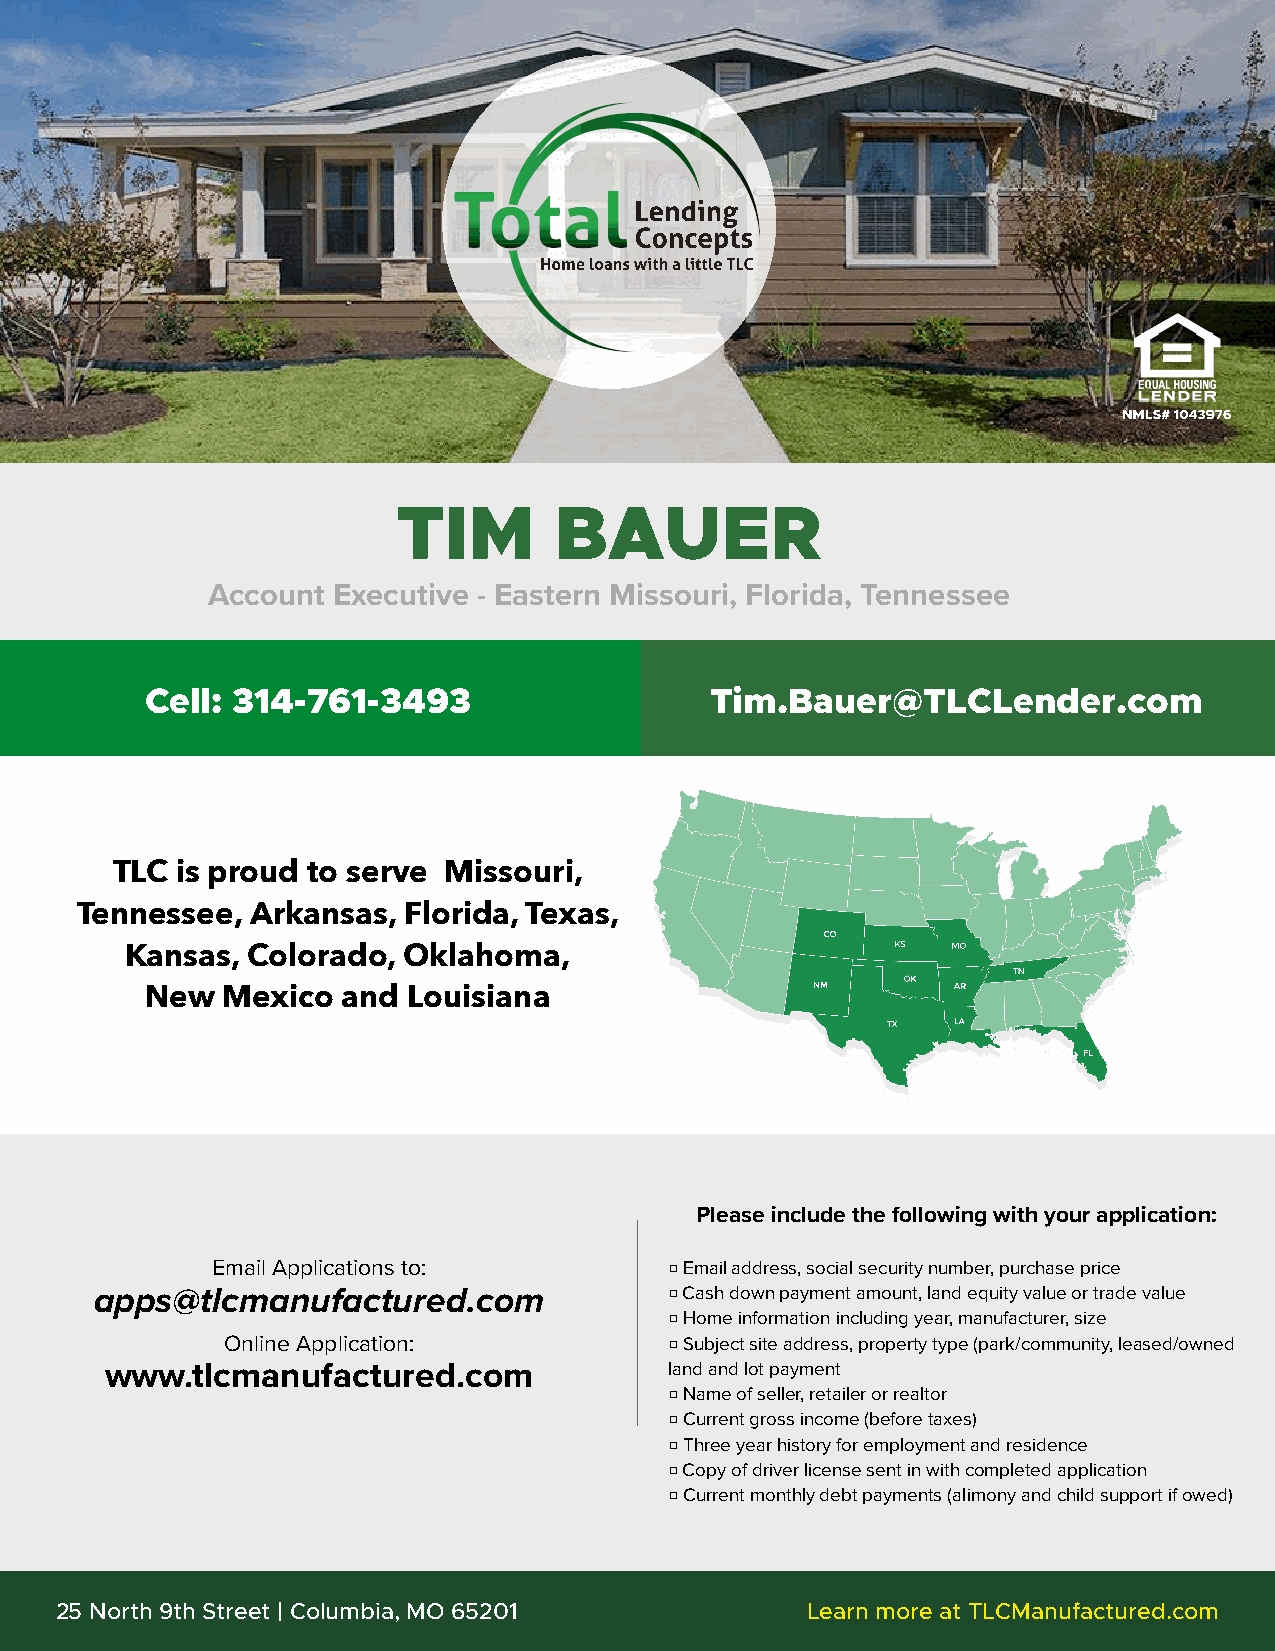
TIM        BAUER
 Account Executive - Eastern Missouri, Florida, Tennessee
 Cell: 314-761-3493                   Tim.Bauer@TLCLender.com
 TLC  is proud to serve Missouri,
 Tennessee,  Arkansas, Florida, Texas,
 Kansas, Colorado,  Oklahoma,
 New  Mexico  and Louisiana
 Please include the following with your application:
 Email Applications to:        □ Email address, social security number, purchase price
 apps@tlcmanufactured.com              □ Cash down payment amount, land equity value or trade value
 □ Home information including year, manufacturer, size
 Online Application:          □ Subject site address, property type (park/community, leased/owned
 www.tlcmanufactured.com              land and lot payment
 □ Name of seller, retailer or realtor
 □ Current gross income (before taxes)
 □ Three year history for employment and residence
 □ Copy of driver license sent in with completed application
 □ Current monthly debt payments (alimony and child support if owed)
 25 North 9th Street | Columbia, MO 65201         Learn more at TLCManufactured.com